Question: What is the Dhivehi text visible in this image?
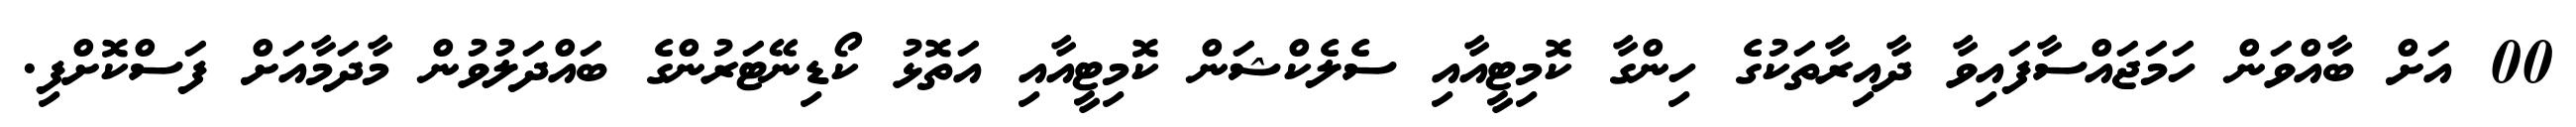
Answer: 00 އަށް ބާއްވަން ހަމަޖައްސާފައިވާ ދާއިރާތަކުގެ ހިންގާ ކޮމިޓީއާއި ސެލެކްޝަން ކޮމިޓީއާއި އަތޮޅު ކޯޑިނޭޓަރުންގެ ބައްދަލުވުން މާދަމާއަށް ފަސްކޮށްފި.